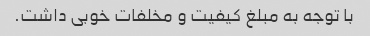
با توجه به مبلغ کیفیت و مخلفات خوبی داشت.